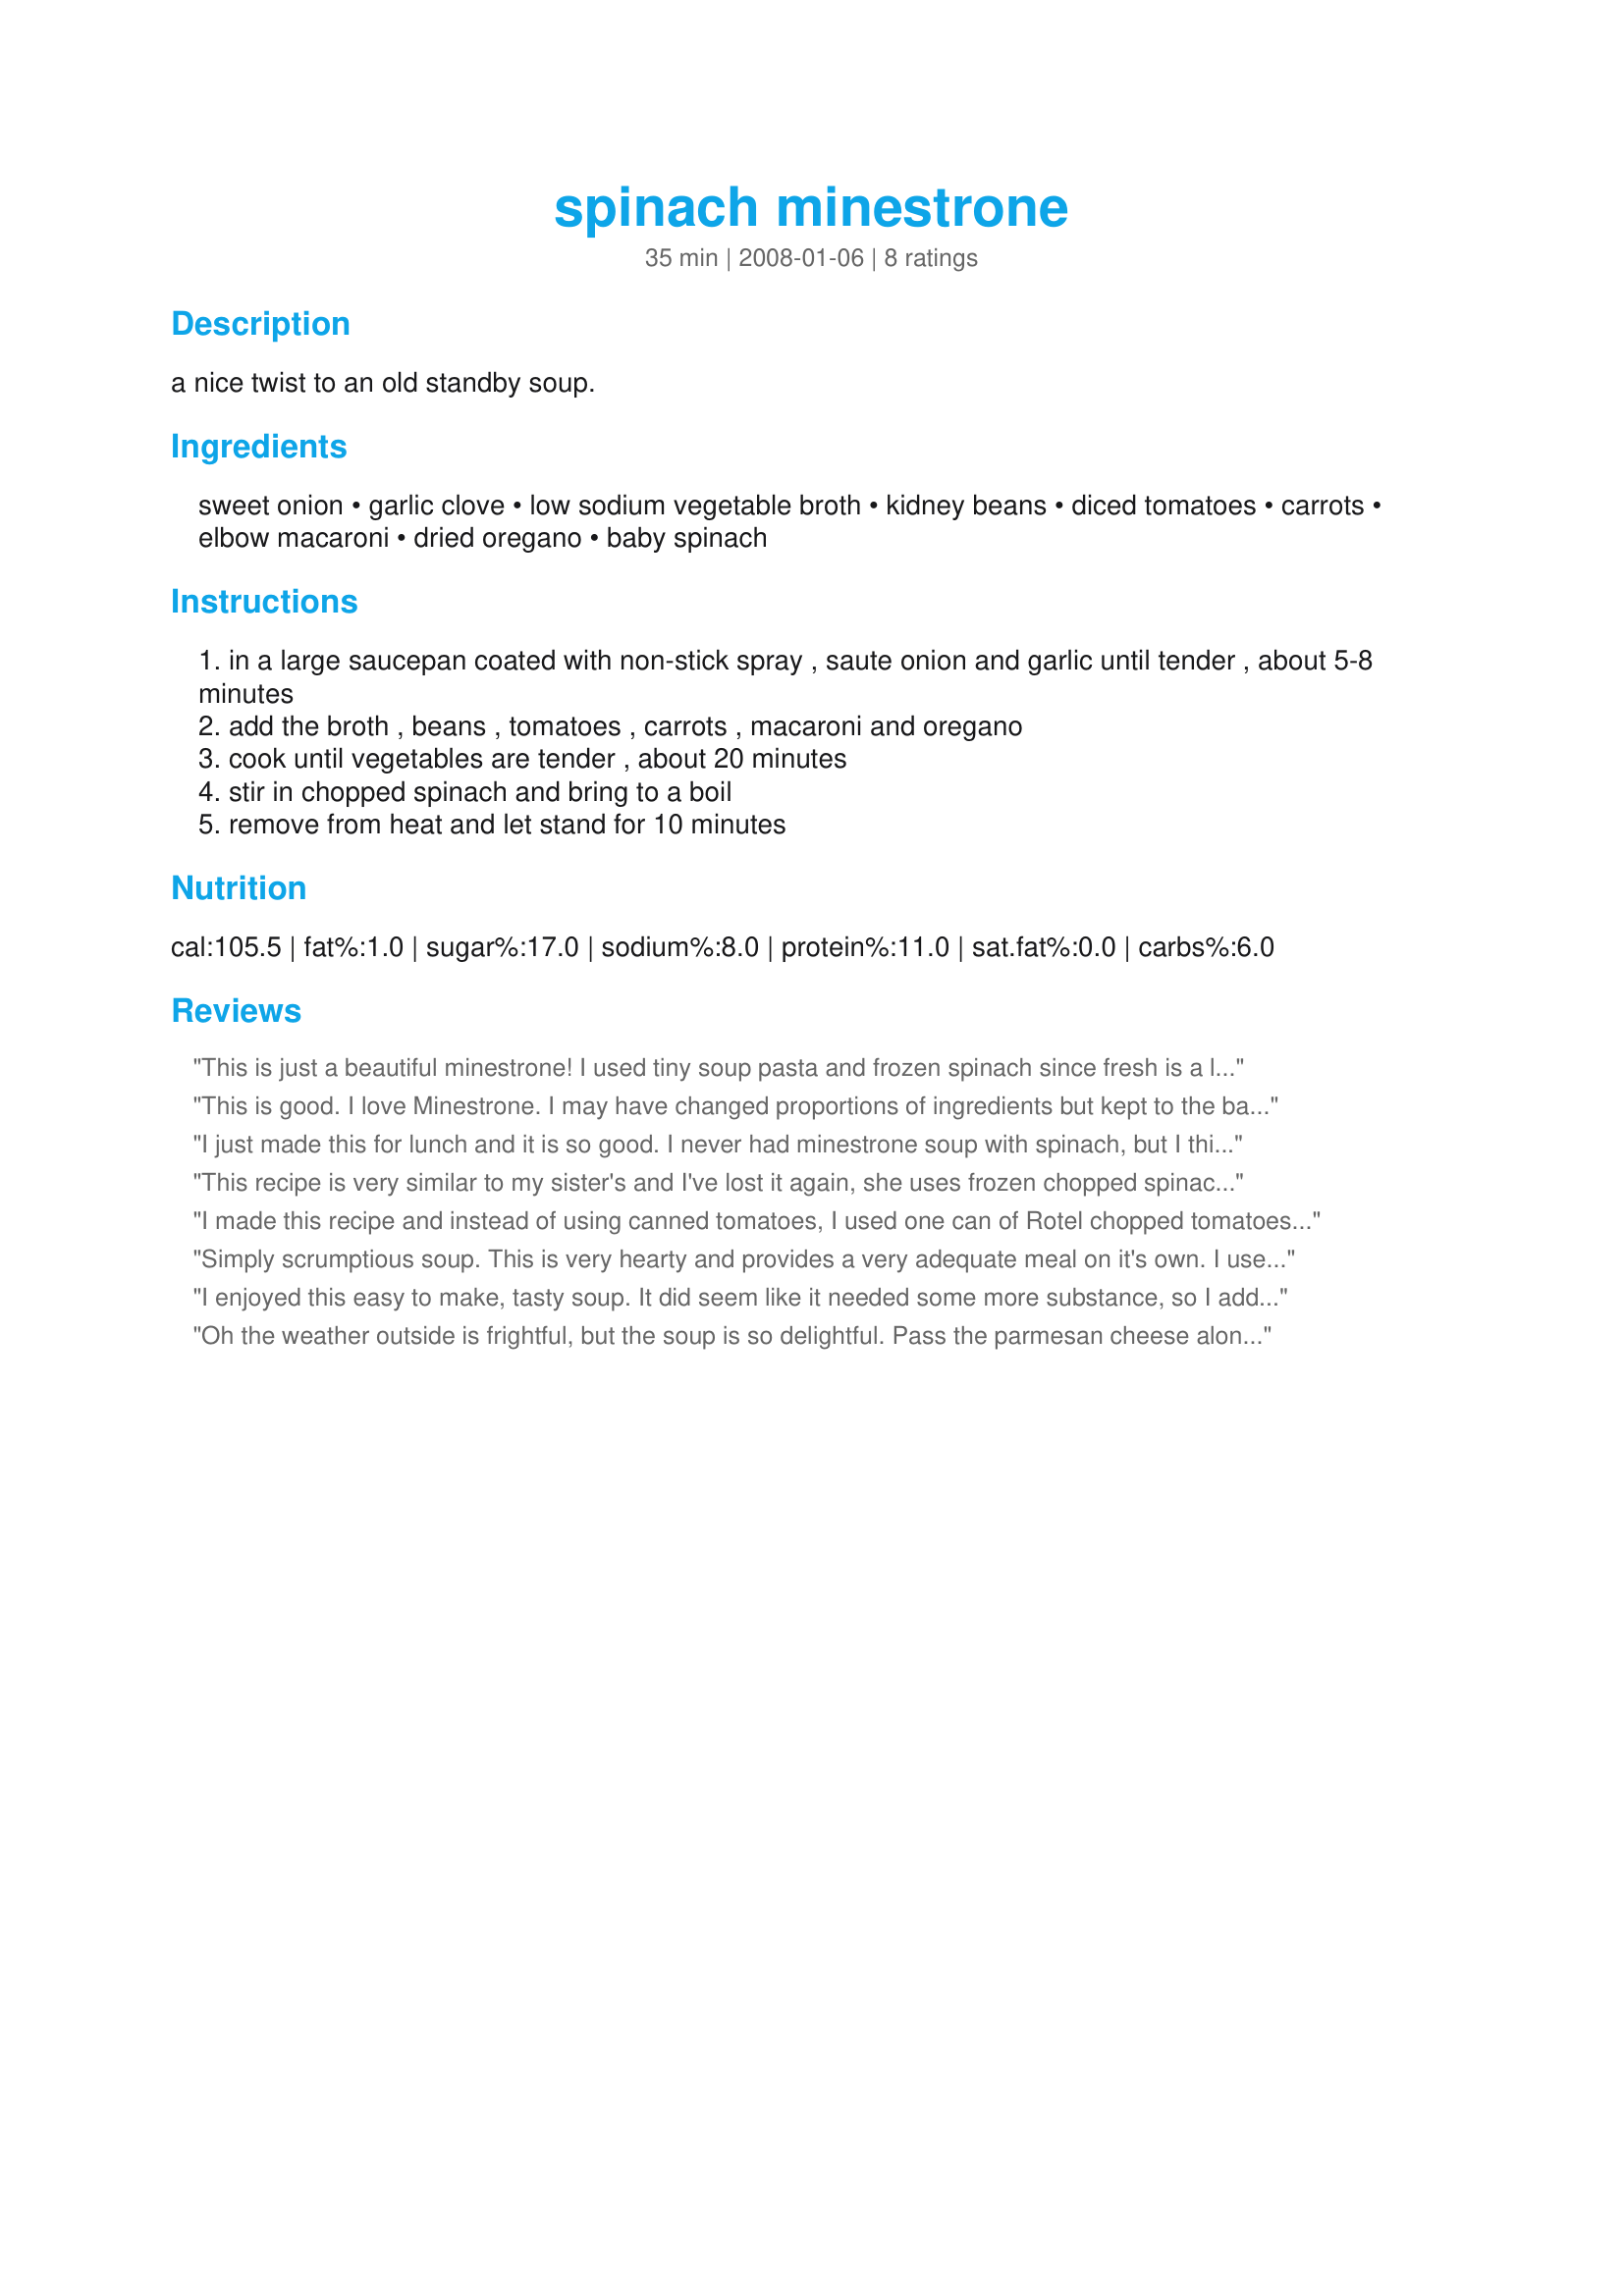
spinach minestrone
Preparation time: 35 minutes

a nice twist to an old standby soup.

Ingredients:
sweet onion, garlic clove, low sodium vegetable broth, kidney beans, diced tomatoes, carrots, elbow macaroni, dried oregano, baby spinach

Steps:
in a large saucepan coated with non-stick spray , saute onion and garlic until tender , about 5-8 minutes
add the broth , beans , tomatoes , carrots , macaroni and oregano
cook until vegetables are tender , about 20 minutes
stir in chopped spinach and bring to a boil
remove from heat and let stand for 10 minutes

Reviews:
This is just a beautiful minestrone! I used tiny soup pasta and frozen spinach since fresh is a little expensive in WI during January. I doubled the tomatoes because we love 'em. I wouldn't hesitate to serve this pretty soup to guests.
This is good. I love Minestrone. I may have changed proportions of ingredients but kept to the basic idea. I made ours gluten free using a good rice pasta, vidalia onion, I'm sure I used extra garlic, I actually did not have broth on hand so I used water, sea salt and added some leftover cut up chicken kebab to add flavour (next time I would use stock, but it did work this way anyhow), plus the rest of the called for ingredients. I would make this again. Made for ZWT7 Italy, for my team Food.Commandos
I just made this for lunch and it is so good. I never had minestrone soup with spinach, but I think the spinach added a nice touch to it.
This recipe is very similar to my sister's and I've lost it again, she uses frozen chopped spinach and I will use the unsalted chicken broth, also tomatoes with chilies. Thanks for posting now she want know my mind is off who knows where!!! I tell her if she sees it shoo it home!!!
I made this recipe and instead of using canned tomatoes, I used one can of Rotel chopped tomatoes with diced chiles. Love that stuff. Adds alot of flavor. I used fresh minced garlic along with the onion, and used more oregano than called for. Other than using up a few green chiles that I found in the fridge which I minced up and added with the spinach, I didn't change a thing!!!!
Simply scrumptious soup. This is very hearty and provides a very adequate meal on it's own. I used Italian seasoning for the oregano and more of it, Romano beans (I had a can open) and for the pasta some extra large size Israeli couscous. It turned out to be delicious and healthy. What more could you ask for? It's a keeper!
I enjoyed this easy to make, tasty soup. It did seem like it needed some more substance, so I added more pasta, but all in all it is quite satisfying as well as a nice vegetarian option.
Oh the weather outside is frightful, but the soup is so delightful. Pass the parmesan cheese along with the black pepper and you have a tasty meal that will chase the chill away. Will make again, Adding both 1/4 teaspoon black pepper and topping with parmesan. Thanks so much for the post.
